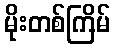
မိုးတစ်ကြိမ်